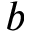
b